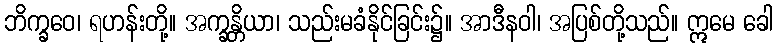
ဘိက္ခဝေ၊ ရဟန်းတို့။ အက္ခန္တိယာ၊ သည်းမခံနိုင်ခြင်း၌။ အာဒီနဝါ၊ အပြစ်တို့သည်။ ဣမေ ခေါ